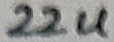
Text: 22u